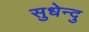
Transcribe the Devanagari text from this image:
सुधेन्दु